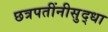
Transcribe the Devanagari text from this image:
छत्रपतींनीसुद्धा